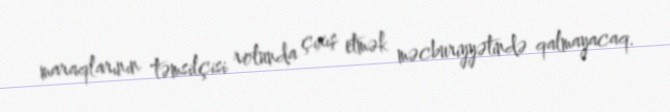
maraqlarının təmsilçisi rolunda çıxış etmək məcburiyyətində qalmayacaq.